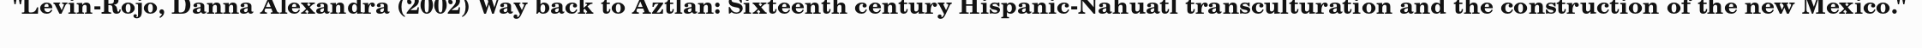
"Levin-Rojo, Danna Alexandra (2002) Way back to Aztlan: Sixteenth century Hispanic-Nahuatl transculturation and the construction of the new Mexico."